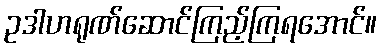
ဥဒါဟရုဏ်ဆောင်ကြည့်ကြရအောင်။